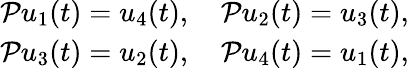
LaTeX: \begin{array}{r}{\mathcal Pu_{1}(t)=u_{4}(t),\quad\mathcal Pu_{2}(t)=u_{3}(t),}\\ {\mathcal Pu_{3}(t)=u_{2}(t),\quad\mathcal Pu_{4}(t)=u_{1}(t),}\end{array}